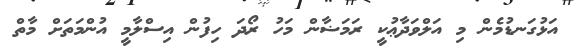
އަޅުގަނޑުމެން މި އަލްވަދާޢުކީ ރަމަޟާން މަހު ރޯދަ ހިފުން އިސްލާމީ އުންމަތަށް މާތް